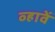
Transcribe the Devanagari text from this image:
व्हावें